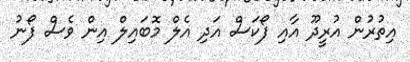
އިތުރުން އުރީދޫ އާއި ފޯކަސް އަދި އެލް މޮބައިލް އިން ވެސް ފޯނު